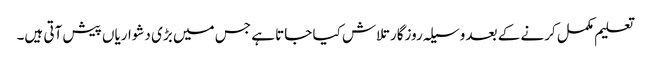
تعلیم مکمل کرنے کے بعد وسیلہ روزگار تلاش کیا جاتا ہے جس میں بڑی دشواریاں پیش آتی ہیں۔